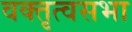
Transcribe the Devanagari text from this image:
वक्तृत्वसभा